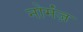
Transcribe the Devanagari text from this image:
नोर्मंज़